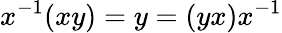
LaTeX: x^{-1}(xy)=y=(yx)x^{-1}